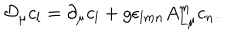
{ \cal D } _ { \mu } c _ { l } = \partial _ { \mu } c _ { l } + g \epsilon _ { l m n } A _ { L \mu } ^ { m } c _ { n } .